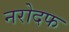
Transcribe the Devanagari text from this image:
नरोदफ